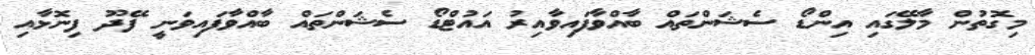
މިގޮތުން މާލޭގައި އިންޑޯ ސެޝަންތައް ބާއްވާފައިވާއިރު އައުޓްޑޯ ސެޝަންތައް ބާއްވާފައިވަނީ ފޭދޫ ފިނޮޅާއި